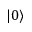
| 0 \rangle